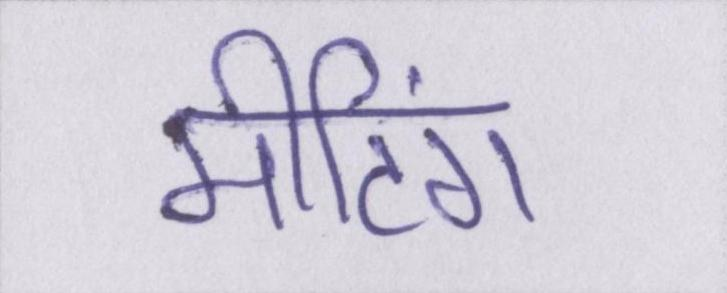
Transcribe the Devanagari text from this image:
मीटिंग